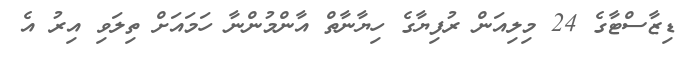
ޑިޒާސްޓާގެ 24 މިލިއަން ރުފިޔާގެ ހިޔާނާތް އާންމުންނާ ހަމައަށް ތިލަވި އިރު އެ